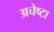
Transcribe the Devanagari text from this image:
अचेष्टा